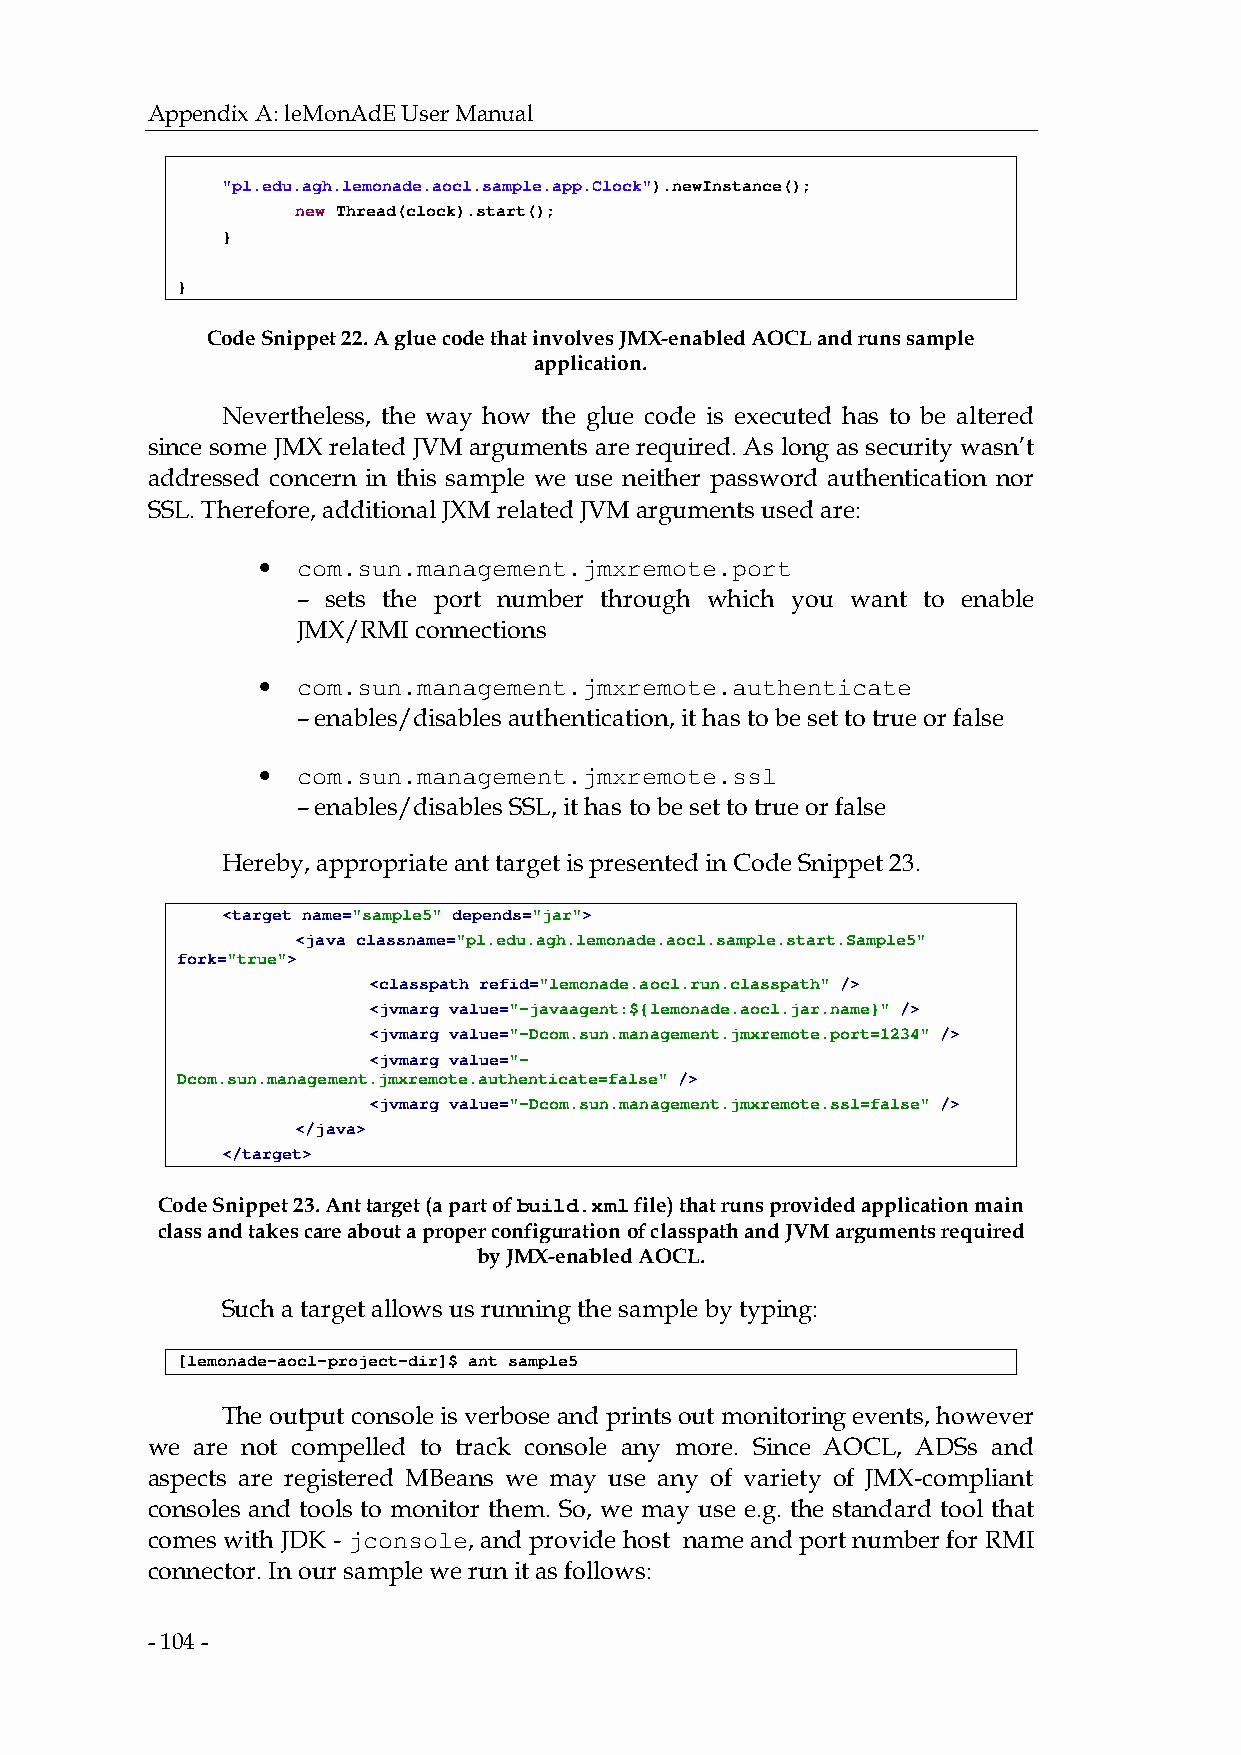
Appendix A: leMonAdE User Manual
 "pl.edu.agh.lemonade.aocl.sample.app.Clock").newInstance();
 new Thread(clock).start();
 }
 }
 Code Snippet 22. A glue code that involves JMX-enabled AOCL and runs sample
 application.
 Nevertheless, the way how the glue code is executed has to be altered
 since some JMX related JVM arguments are required. As long as security wasn’t
 addressed concern in this sample we use neither password authentication nor
 SSL. Therefore, additional JXM related JVM arguments used are:
 •  com.sun.management.jmxremote.port
 – sets the port number through which you want to enable
 JMX/RMI connections
 •  com.sun.management.jmxremote.authenticate
 – enables/disables authentication, it has to be set to true or false
 •  com.sun.management.jmxremote.ssl
 – enables/disables SSL, it has to be set to true or false
 Hereby, appropriate ant target is presented in Code Snippet 23.
 <target name="sample5" depends="jar">
 <java classname="pl.edu.agh.lemonade.aocl.sample.start.Sample5"
 fork="true">
 <classpath refid="lemonade.aocl.run.classpath" />
 <jvmarg value="-javaagent:${lemonade.aocl.jar.name}" />
 <jvmarg value="-Dcom.sun.management.jmxremote.port=1234" />
 <jvmarg value="-
 Dcom.sun.management.jmxremote.authenticate=false" />
 <jvmarg value="-Dcom.sun.management.jmxremote.ssl=false" />
 </java>
 </target>
 Code Snippet 23. Ant target (a part of build.xml file) that runs provided application main
 class and takes care about a proper configuration of classpath and JVM arguments required
 by JMX-enabled AOCL.
 Such a target allows us running the sample by typing:
 [lemonade-aocl-project-dir]$ ant sample5
 The output console is verbose and prints out monitoring events, however
 we are not compelled to track console any more. Since AOCL, ADSs and
 aspects are registered MBeans we may use any of variety of JMX-compliant
 consoles and tools to monitor them. So, we may use e.g. the standard tool that
 comes with JDK - jconsole, and provide host name and port number for RMI
 connector. In our sample we run it as follows:
 - 104 -